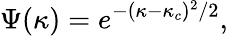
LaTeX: \Psi(\kappa)=e^{-(\kappa-\kappa_{c})^{2}/2},